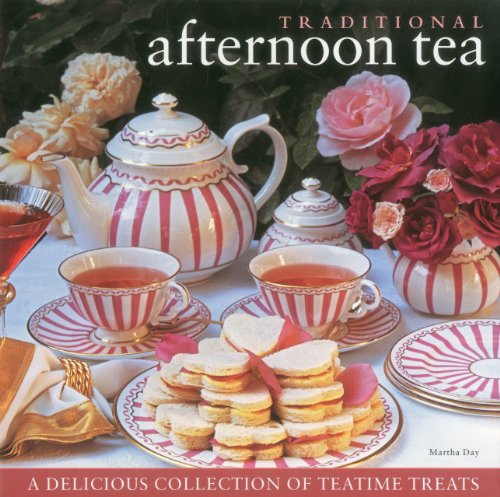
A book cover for Traditional Afternoon Tea; Martha Day; Cookbooks, Food & Wine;